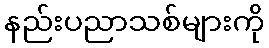
နည်းပညာသစ်များကို